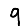
Digit: 9